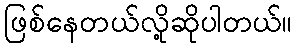
ဖြစ်နေတယ်လို့ဆိုပါတယ်။